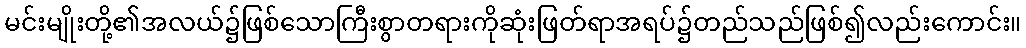
မင်းမျိုးတို့၏အလယ်၌ဖြစ်သောကြီးစွာတရားကိုဆုံးဖြတ်ရာအရပ်၌တည်သည်ဖြစ်၍လည်းကောင်း။